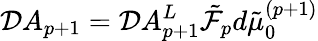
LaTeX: {\cal D}A_{p+1}={\cal D}A_{p+1}^{L}\tilde{{\cal F}}_{p}d\tilde{\mu}_{0}^{(p+1)}